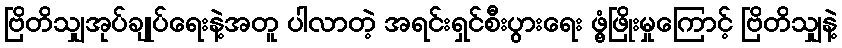
ဗြိတိသျှအုပ်ချုပ်ရေးနဲ့အတူ ပါလာတဲ့ အရင်းရှင်စီးပွားရေး ဖွံ့ဖြိုးမှုကြောင့် ဗြိတိသျှနဲ့